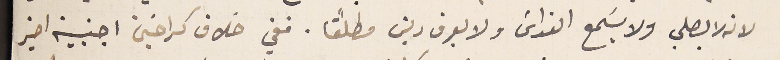
لانه لا بصلي ولا يسَمع القداسَ ولا يعرف دين مطلقًا. ففي خلاف كراخين اجنبية اخير